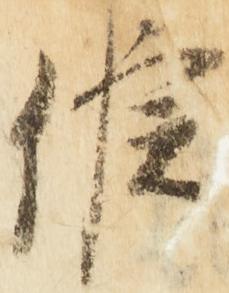
候